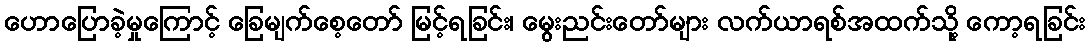
ဟောပြောခဲ့မှုကြောင့် ခြေမျက်စေ့တော် မြင့်ရခြင်း၊ မွေးညင်းတော်များ လက်ယာရစ်အထက်သို့ ကော့ရခြင်း